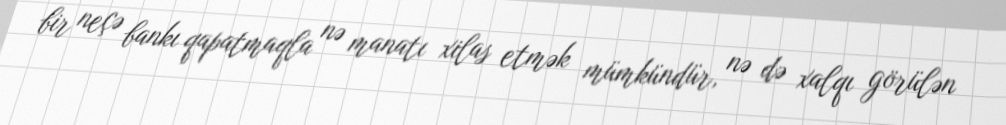
bir neçə bankı qapatmaqla nə manatı xilas etmək mümkündür, nə də xalqı görülən